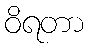
ဝိရတာ